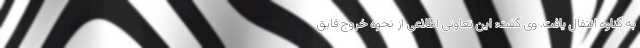
به گناوه انتقال یافت. وی گفت: این تعاونی اطلاعی از نحوه خروج قایق